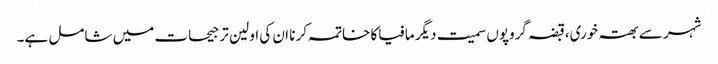
شہر سے بھتہ خوری،قبضہ گروپوں سمیت دیگر مافیاکا خاتمہ کر نا ان کی اولین تر جیحات میں شامل ہے۔